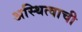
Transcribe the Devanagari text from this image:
अस्थित्वाची